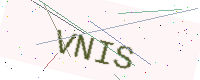
Text: VNIS